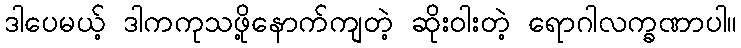
ဒါပေမယ့် ဒါကကုသဖို့နောက်ကျတဲ့ ဆိုးဝါးတဲ့ ရောဂါလက္ခဏာပါ။